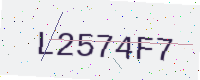
Text: L2574F7